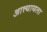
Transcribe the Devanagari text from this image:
आत्त्यायला